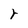
Character: r